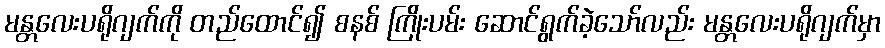
မန္တလေးပရိုဂျက်ကို တည်ထောင်၍ စနစ် ကြိုးပမ်း ဆောင်ရွက်ခဲ့သော်လည်း မန္တလေးပရိုဂျက်မှာ